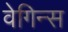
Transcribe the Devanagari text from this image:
वेगिन्स